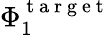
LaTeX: \Phi_{1}^{\mathrm{~t~a~r~g~e~t~}}